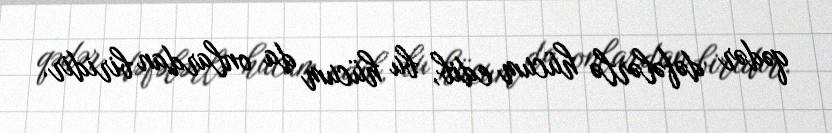
qədər dəfələrlə hücum edib, bu hücum da onlardan biridir.